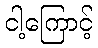
ငါ့ကြောင့်